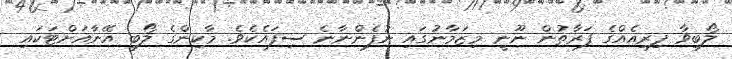
ލޯބިވާ ފިރިއެއްގެ ފަރާތުން ނޫނީ މިޒަމާނުގައި ނުފެންނާނެ ސިފައެކެވެ. މާކިންގެ ލޯބި އޭނާއަށްޓަކައި